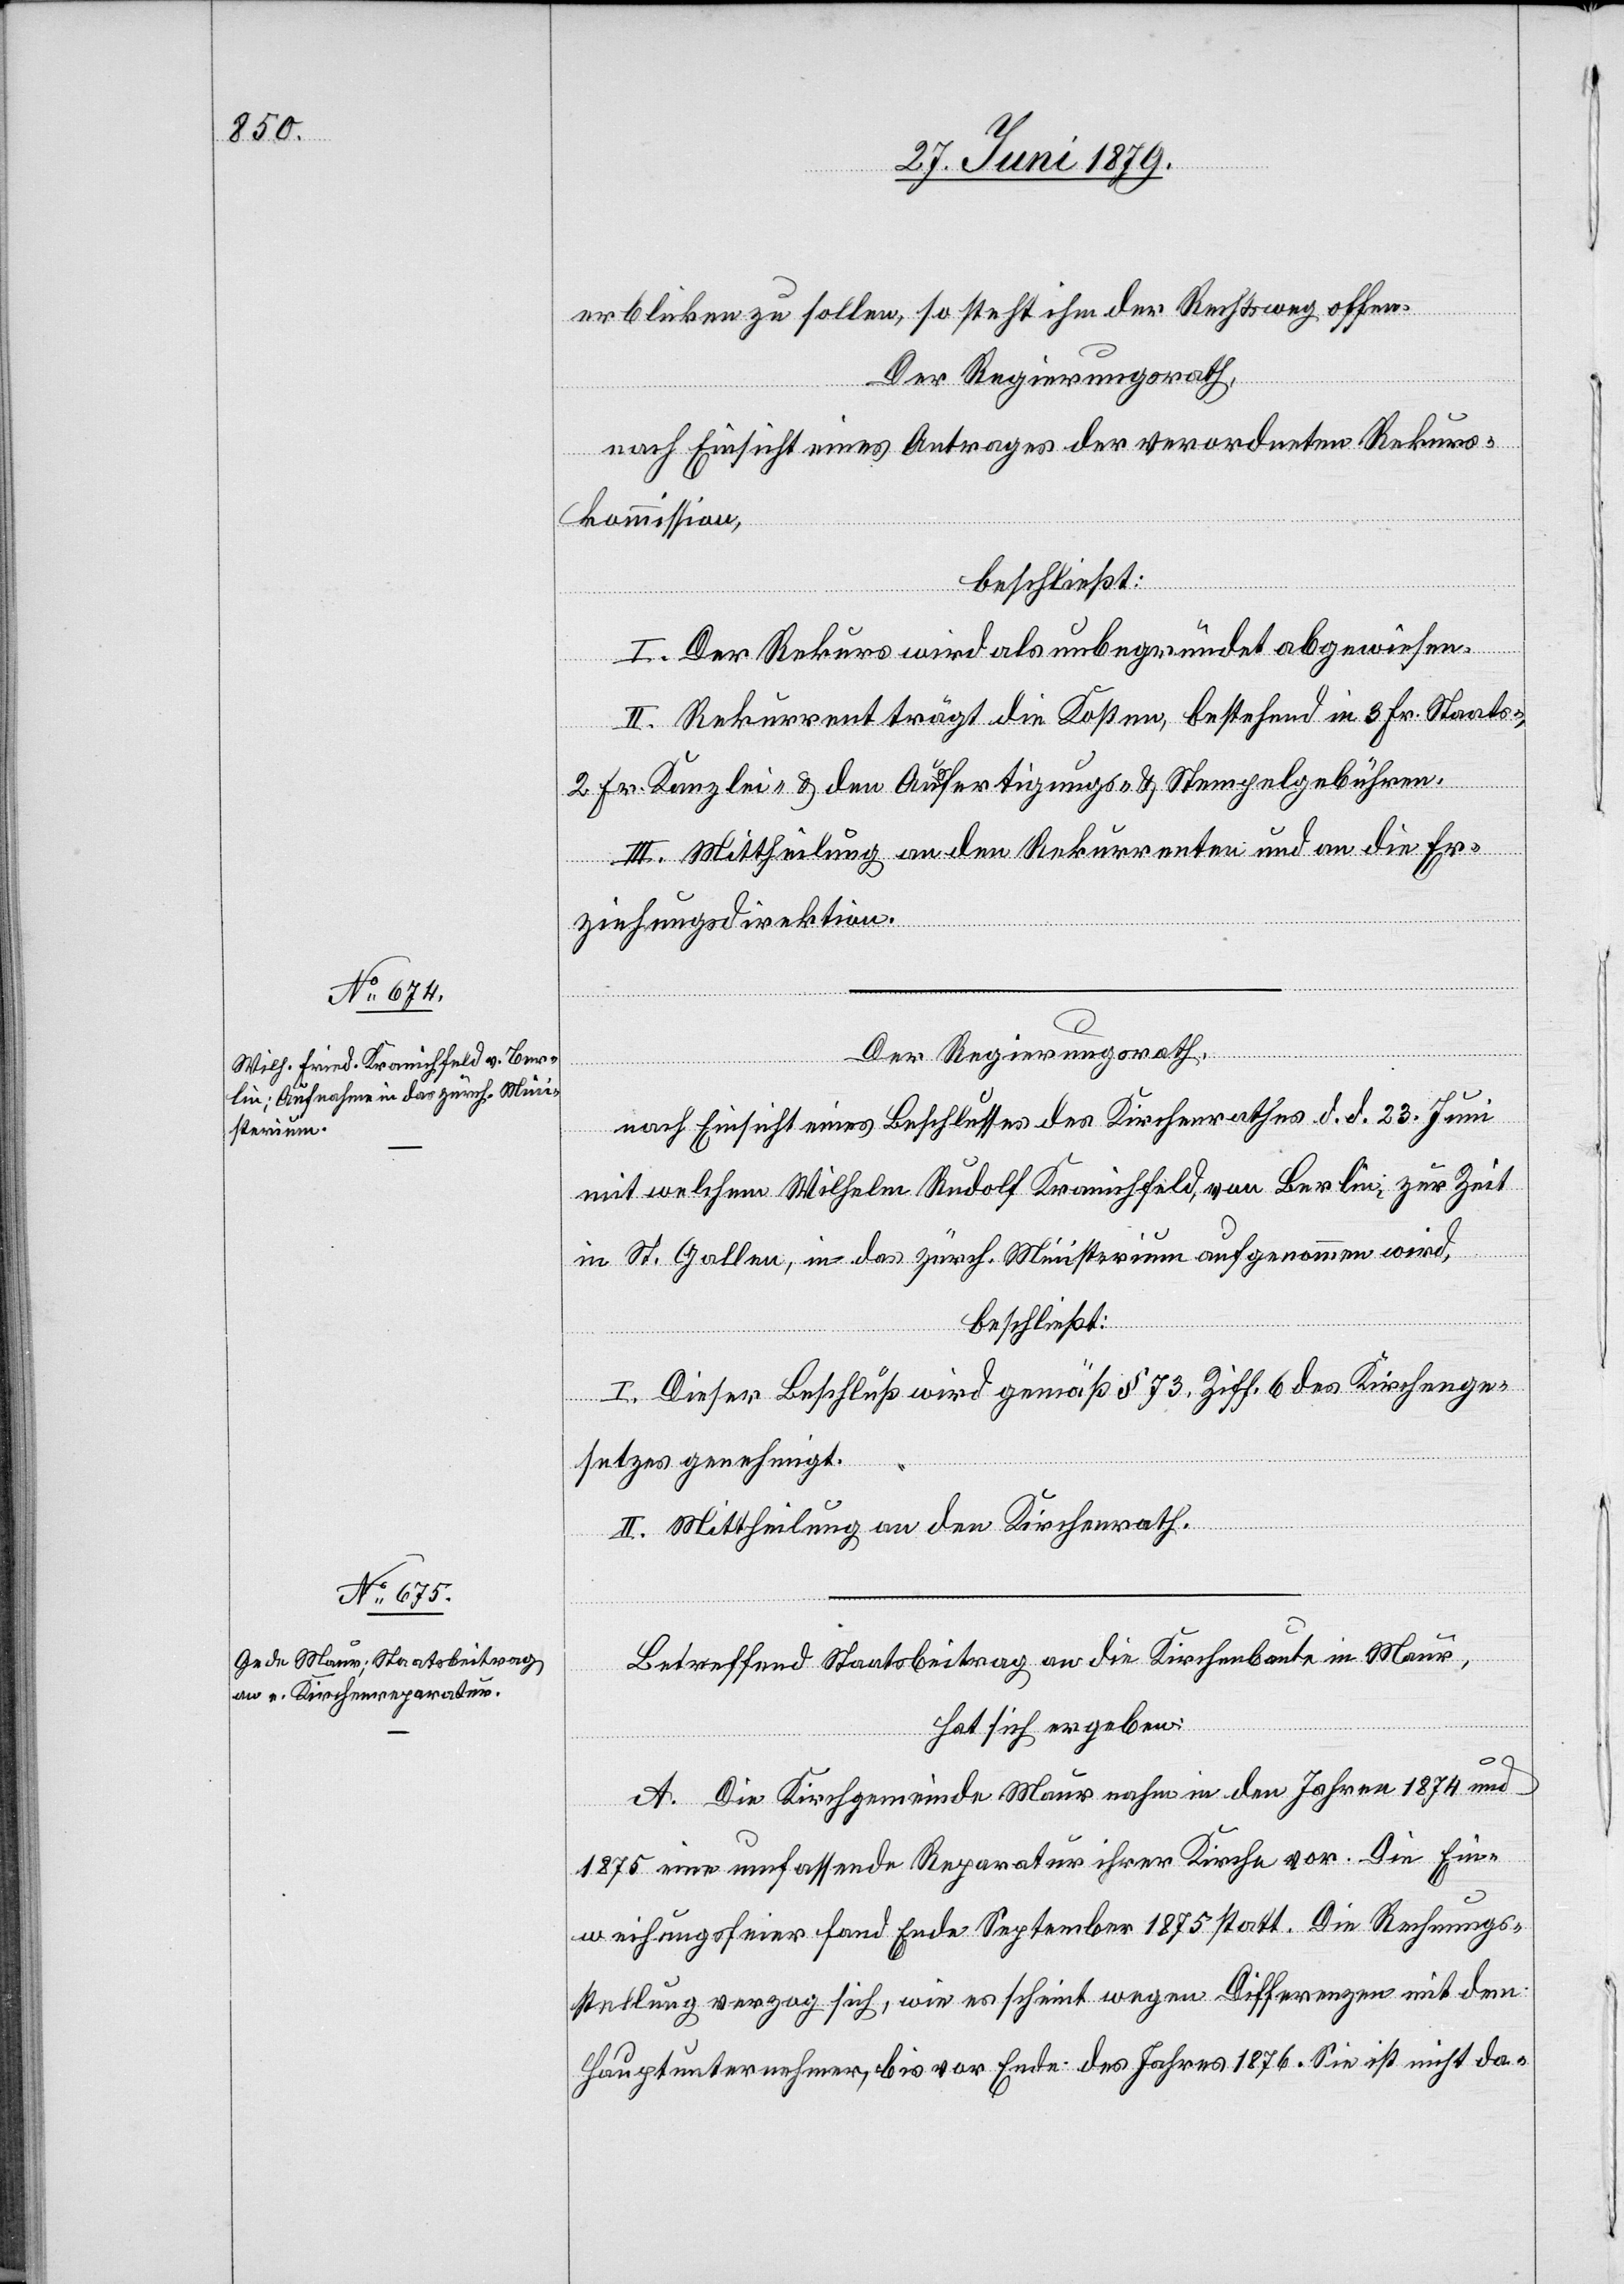
erblicken zu sollen, so steht ihm der Rechtsweg offen.
Der Regierungsrath,
nach Einsicht eines Antrages der verordneten Rekurs¬
kommission,
beschließt:
I. Der Rekurs wird als unbegründet abgewiesen.
II. Rekurrent trägt die Kosten, bestehend in 3 Fr. Staats-,
2 Fr. Kanzlei- & den Ausfertigungs- & Stempelgebühren.
III. Mittheilung an den Rekurrenten und an die Er¬
ziehungsdirektion.
Der Regierungsrath,
nach Einsicht eines Beschlusses des Kirchenrathes d. d. 23. Juni
mit welchem Wilhelm Rudolf [sic!] Kranichfeld, von Berlin, zur Zeit
in St. Gallen, in das zürch. Ministerium aufgenommen wird,
beschließt:
I. Dieser Beschluß wird gemäß § 73, Ziff. 6 des Kirchenge¬
setzes genehmigt.
II. Mittheilung an den Kirchenrath.
Betreffend Staatsbeitrag an die Kirchenbaute in Maur,
hat sich ergeben:
A. Die Kirchgemeinde Maur nahm in den Jahren 1874 und
1875 eine umfassende Reparatur ihrer Kirche vor. Die Ein¬
weihungsfeier fand Ende September 1875 statt. Die Rechnungs¬
stellung verzog sich, wie es scheint wegen Differenzen mit dem
Hauptunternehmer, bis vor Ende des Jahres 1876. Sie ist nicht da-